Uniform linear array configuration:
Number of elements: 8
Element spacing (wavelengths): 0.75
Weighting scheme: exponential
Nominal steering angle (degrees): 45
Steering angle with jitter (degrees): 43.03
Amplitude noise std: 0.05
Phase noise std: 0.05

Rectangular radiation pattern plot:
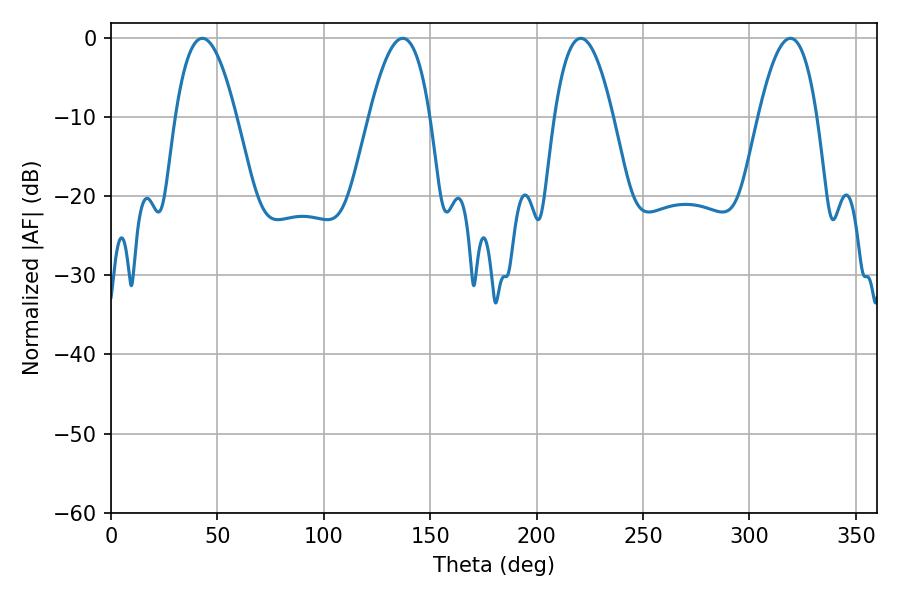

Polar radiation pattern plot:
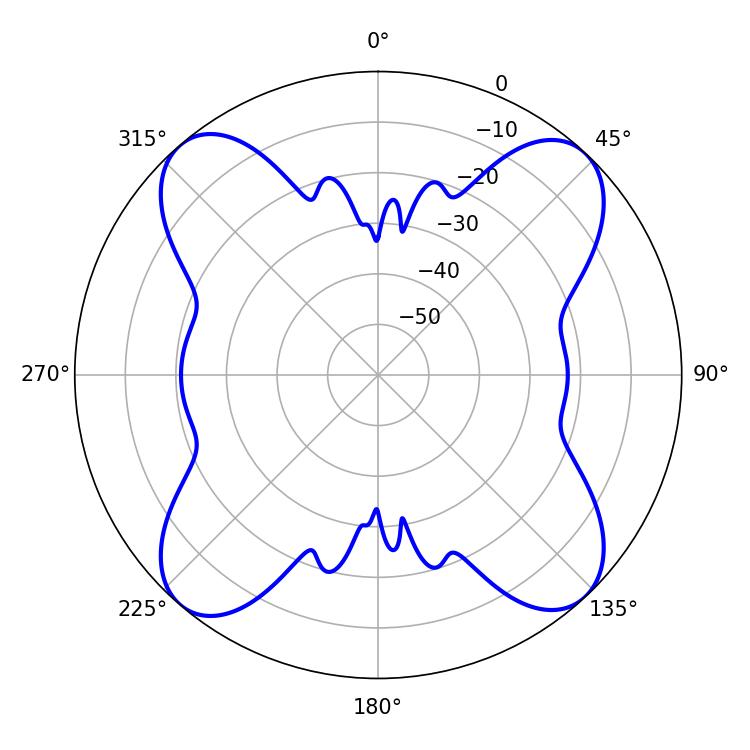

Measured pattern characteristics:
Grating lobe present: TRUE
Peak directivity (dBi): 18.19
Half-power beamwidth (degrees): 15.12
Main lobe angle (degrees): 220.68